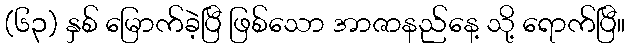
(၆၃) နှစ် မြောက်ခဲ့ပြီ ဖြစ်သော အာဇာနည်နေ့ သို့ ရောက်ပြီ။